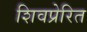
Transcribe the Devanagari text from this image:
शिवप्रेरित